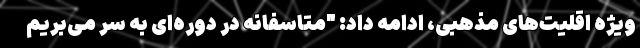
ویژه اقلیت‌های مذهبی، ادامه داد: "متاسفانه در دوره‌ای به سر می‌بریم